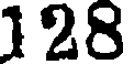
128